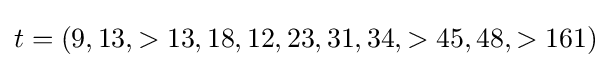
t=(9,13,>13,18,12,23,31,34,>45,48,>161)